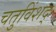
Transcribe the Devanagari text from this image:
चतुविंशद्